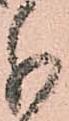
分